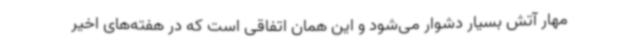
مهار آتش بسیار دشوار می‌شود و این همان اتفاقی است که در هفته‌های اخیر